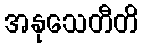
အနုသေတီတိ